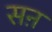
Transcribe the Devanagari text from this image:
सऩ